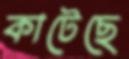
কাটেছে